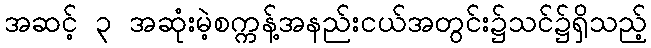
အဆင့် ၃ အဆုံးမဲ့စက္ကန့်အနည်းငယ်အတွင်း၌သင်၌ရှိသည့်